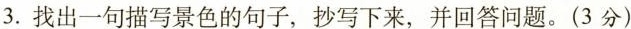
3.找出一句描写景色的句子，抄写下来，并回答问题。(3分)